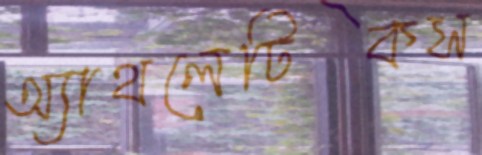
অ্যাথলেটিকস